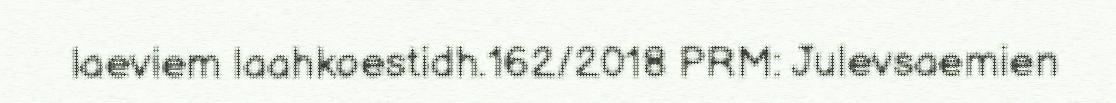
laeviem laahkoestidh.162/2018 PRM: Julevsaemien